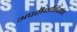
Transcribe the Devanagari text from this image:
अपरीक्षसिद्धांत